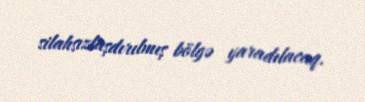
silahsızlaşdırılmış bölgə yaradılacaq.